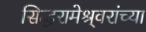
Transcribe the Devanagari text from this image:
सिद्धरामेश्र्वरांच्या